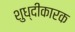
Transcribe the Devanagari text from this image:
शुध्दीकारक